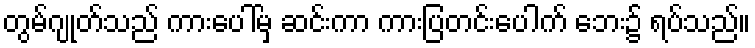
တွမ်ဂျုတ်သည် ကားပေါ်မှ ဆင်းကာ ကားပြတင်းပေါက် ဘေး၌ ရပ်သည်။